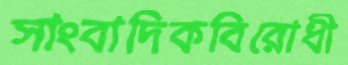
সাংবাদিকবিরোধী